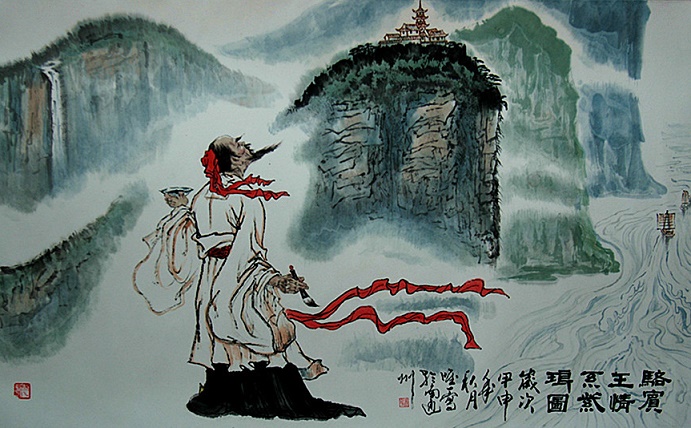
西陆蝉声唱，南冠客思深。